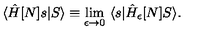
\langle \hat { H } [ N ] s | S \rangle \equiv \lim _ { \epsilon \to 0 } \ \langle s | \hat { H } _ { \epsilon } [ N ] S \rangle .